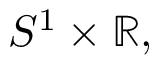
S ^ { 1 } \times \mathbb { R } ,